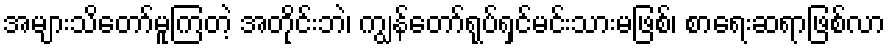
အများသိတော်မူကြတဲ့ အတိုင်းဘဲ၊ ကျွန်တော်ရုပ်ရှင်မင်းသားမဖြစ်၊ စာရေးဆရာဖြစ်လာ